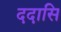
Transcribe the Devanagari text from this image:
ददासि